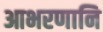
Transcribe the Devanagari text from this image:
आभरणानि